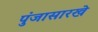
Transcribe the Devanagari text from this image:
पुंजासारखे